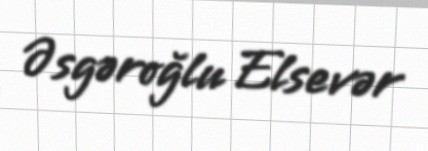
Əsgəroğlu Elsevər